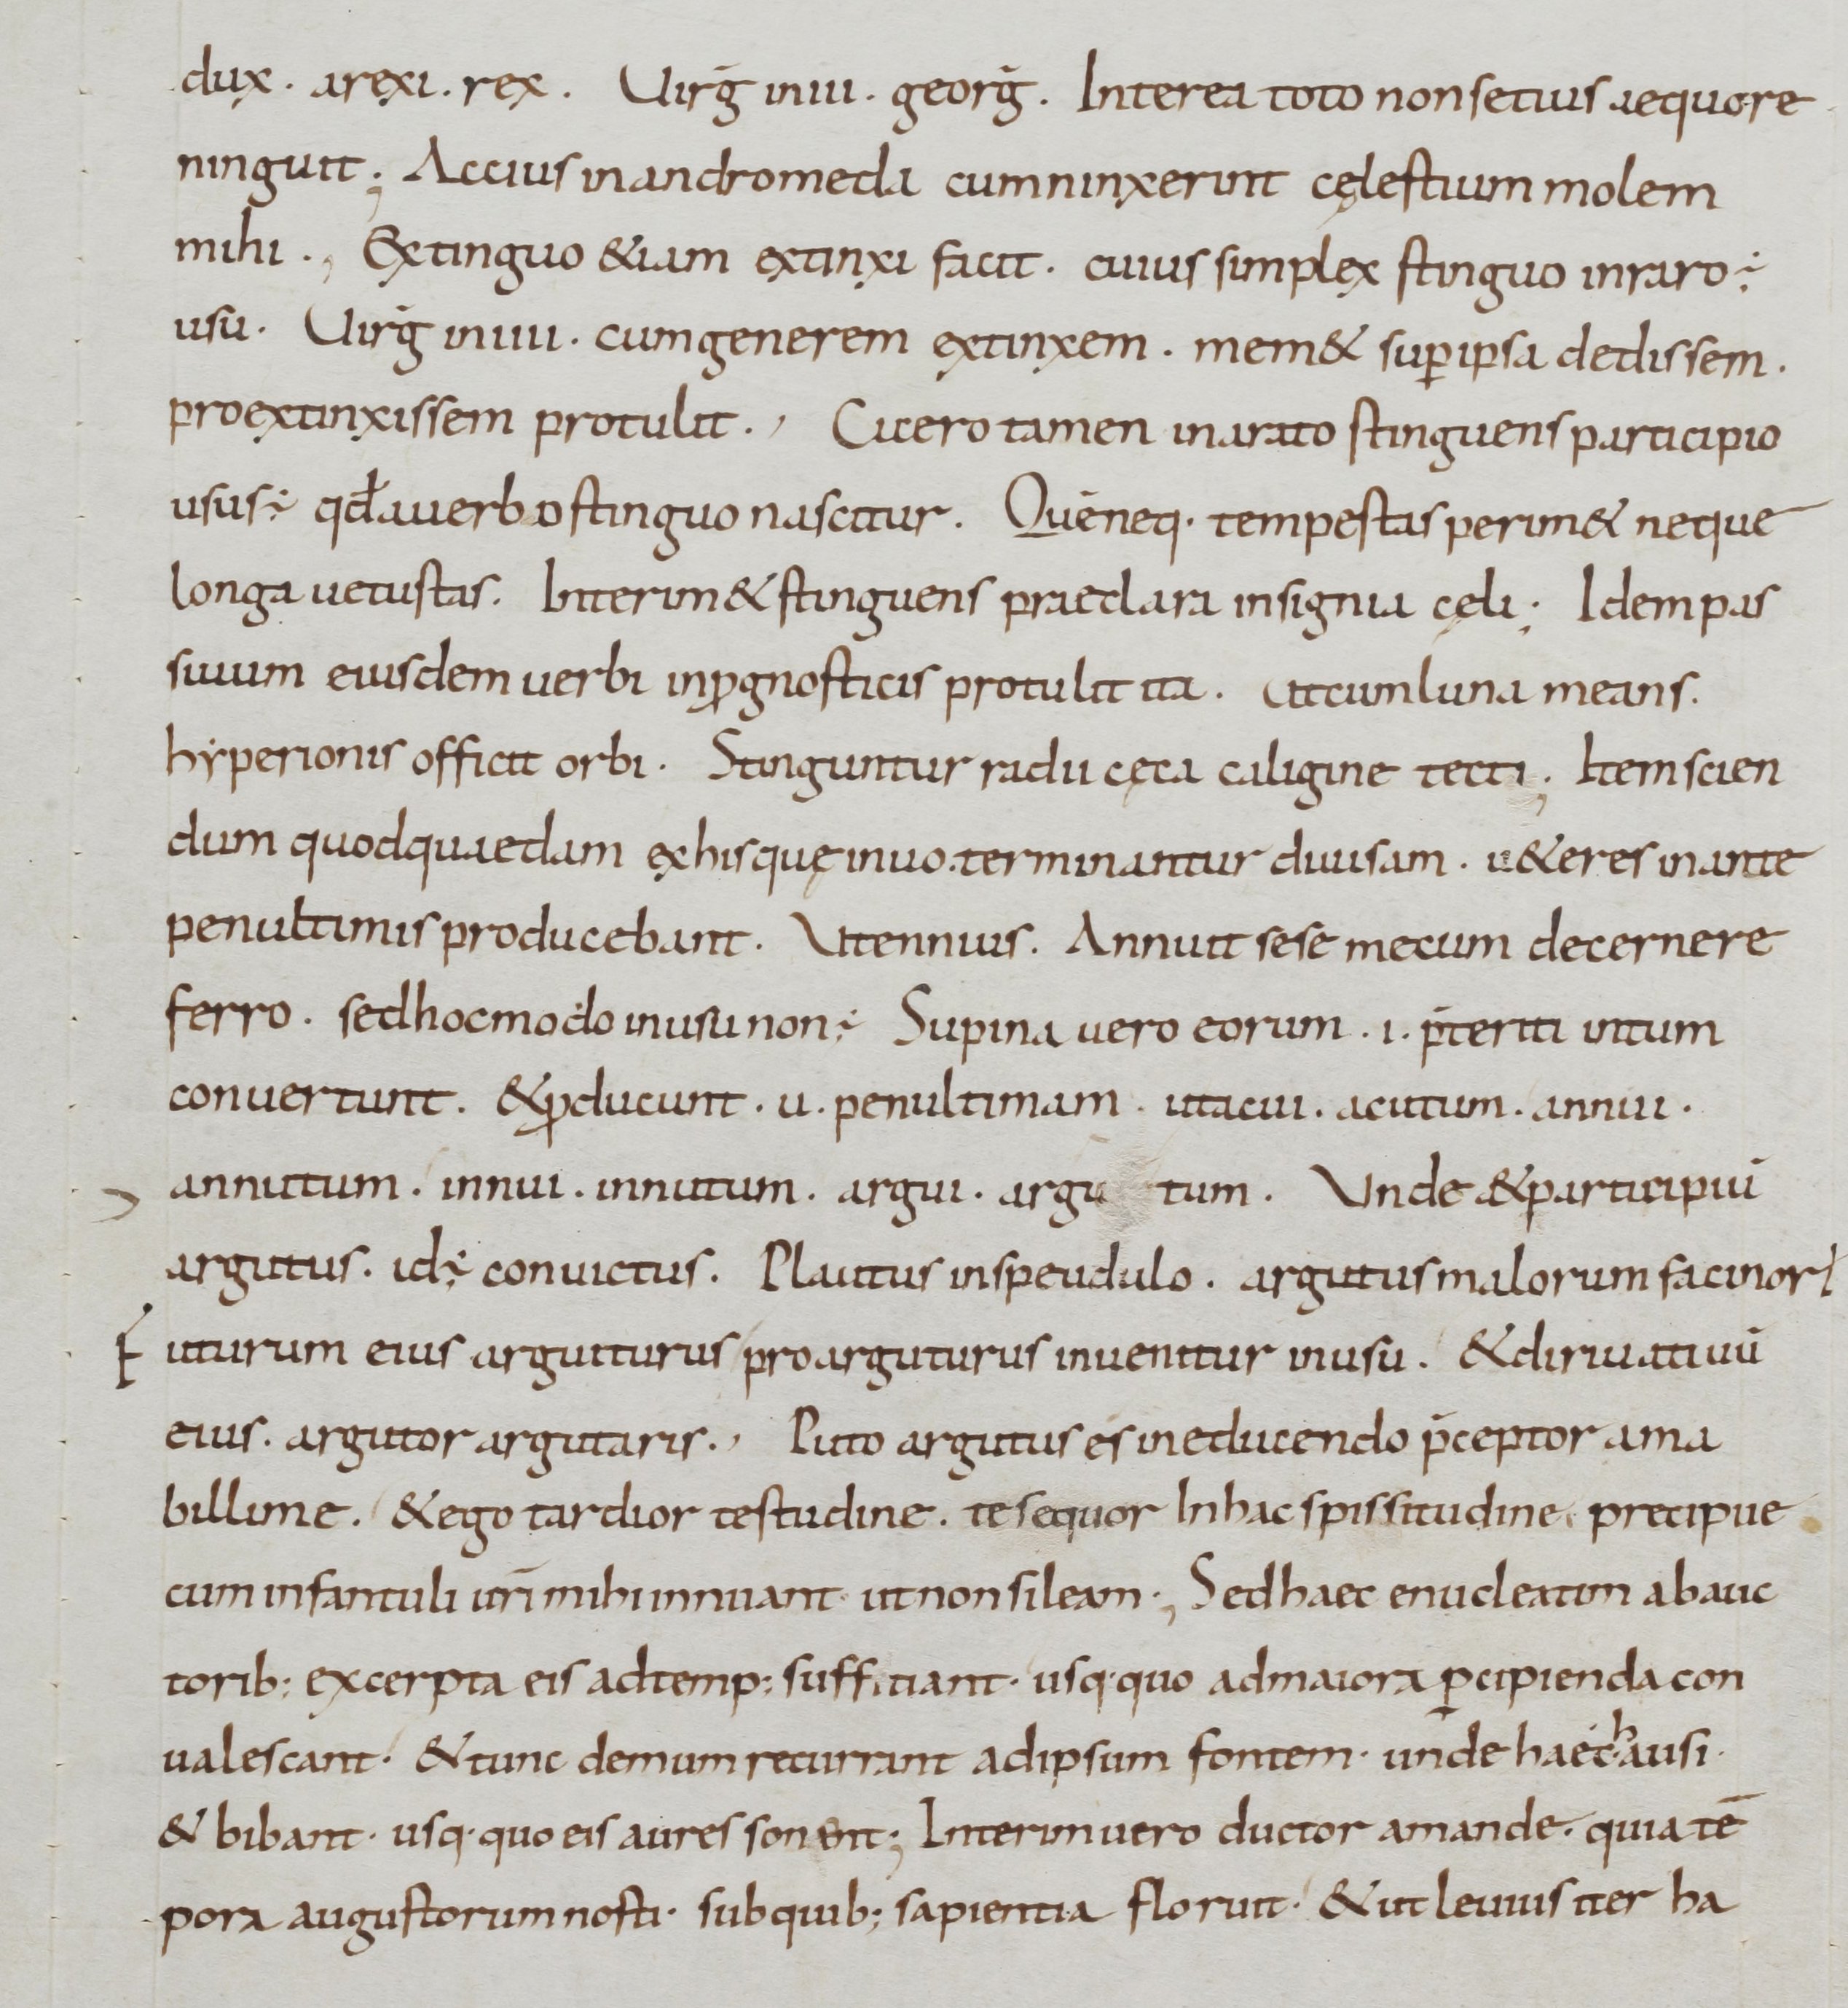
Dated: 900–999